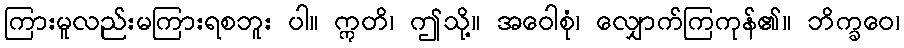
ကြားမူလည်းမကြားရစဘူး ပါ။ ဣတိ၊ ဤသို့။ အဝေါစုံ၊ လျှောက်ကြကုန်၏။ ဘိက္ခဝေ၊